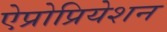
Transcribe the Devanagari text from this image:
ऐप्रोप्रियेशन